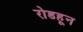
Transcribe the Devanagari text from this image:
रोडहून